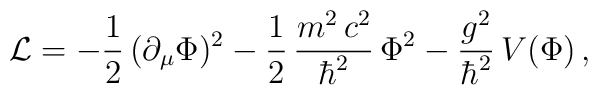
{\cal L} = - \frac{1}{2}\,(\partial_{\mu}\Phi)^2 - \frac{1}{2}\,\frac{m^2\, c^2}{\hbar^2}\,\Phi^2 - \frac{g^2}{\hbar^2}\,V(\Phi)\,,